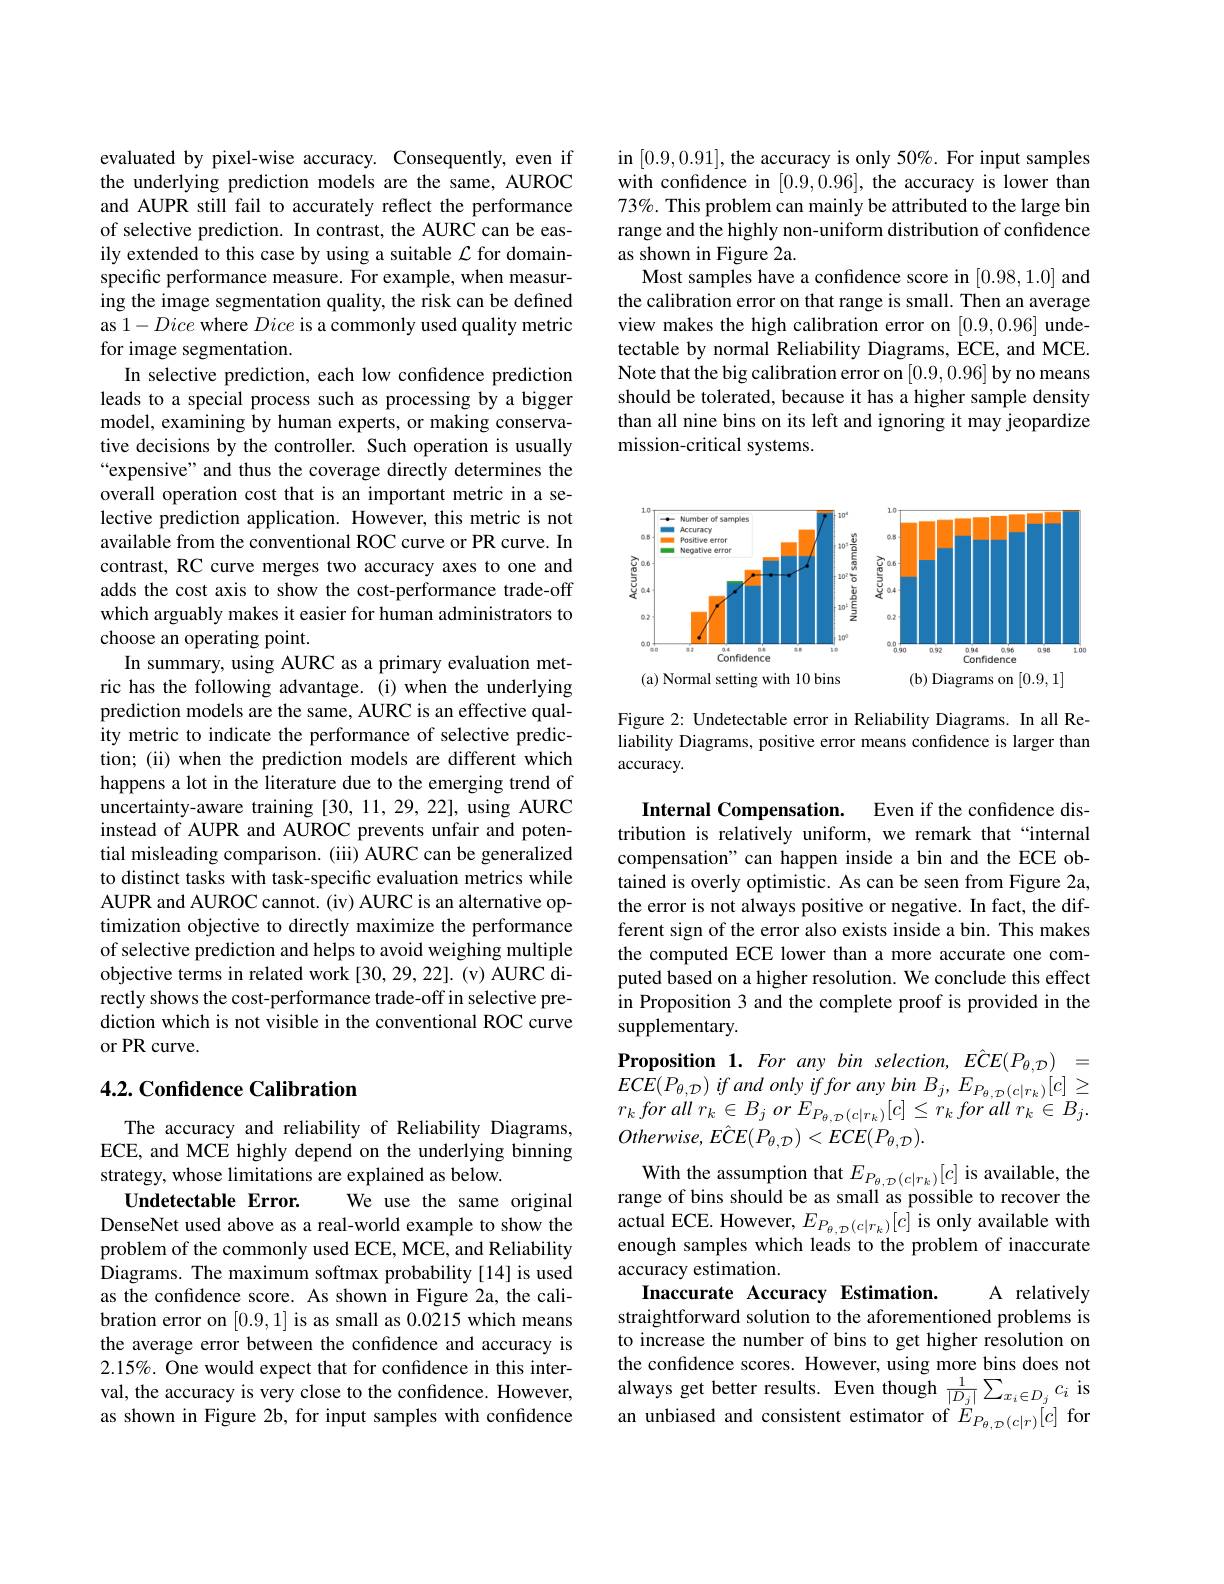
evaluated by pixel-wise accuracy. Consequently, even if the underlying prediction models are the same, AUROC and AUPR still fail to accurately reflect the performance of selective prediction. In contrast, the AURC can be easily extended to this case by using a suitable $\mathcal{L}$ for domainspecific performance measure. For example, when measuring the image segmentation quality, the risk can be defined as 1-Dice where Dice is a commonly used quality metric for image segmentation.
In selective prediction, each low confidence prediction leads to a special process such as processing by a bigger model, examining by human experts, or making conservative decisions by the controller. Such operation is usually “expensive” and thus the coverage directly determines the overall operation cost that is an important metric in a selective prediction application. However, this metric is not available from the conventional ROC curve or PR curve. In contrast, RC curve merges two accuracy axes to one and adds the cost axis to show the cost-performance trade-off which arguably makes it easier for human administrators to choose an operating point.
In summary, using AURC as a primary evaluation metric has the following advantage. (i) when the underlying prediction models are the same, AURC is an effective quality metric to indicate the performance of selective prediction; (ii) when the prediction models are different which happens a lot in the literature due to the emerging trend of uncertainty-aware training [30,11,29,22], using AURC instead of AUPR and AUROC prevents unfair and potential misleading comparison. (iii) AURC can be generalized to distinct tasks with task-specific evaluation metrics while AUPR and AUROC cannot. (iv) AURC is an alternative optimization objective to directly maximize the performance of selective prediction and helps to avoid weighing multiple objective terms in related work [30,29,22]. (v) AURC directly shows the cost-performance trade-off in selective prediction which is not visible in the conventional ROC curve or PR curve.

### 4.2. Confidence Calibration

The accuracy and reliability of Reliability Diagrams, ECE, and MCE highly depend on the underlying binning strategy, whose limitations are explained as below.
Undetectable Error.
We use the same original
DenseNet used above as a real-world example to show the problem of the commonly used ECE, MCE, and Reliability Diagrams. The maximum softmax probability [14] is used as the confidence score. As shown in Figure 2a, the calibration error on [0.9,1] is as small as 0.0215 which means the average error between the confidence and accuracy is 2.15%. One would expect that for confdence in this interval, the accuracy is very close to the confidence. However, as shown in Figure 2b, for input samples with confidence

in [0.9,0.91], the accuracy is only 50%. For input samples with confdence in [0.9,0.96], the accuracy is lower than 73%. This problem can mainly be attributed to the large bin range and the highly non-uniform distribution of confidence as shown in Figure 2a.
Most samples have a confidence score in [0.98,1.0] and the calibration error on that range is small. Then an average view makes the high calibration error on [0.9,0.96] undetectable by normal Reliability Diagrams, ECE, and MCE. Note that the big calibration error on [0.9,0.96] by no means should be tolerated, because it has a higher sample density than all nine bins on its left and ignoring it may jeopardize mission-critical systems

<FigureHere>

Figure 2: Undetectable error in Reliability Diagrams. In all Reliability Diagrams, positive error means confidence is larger than accuracy.

Internal Compensation. Even if the confidence distribution is relatively uniform, we remark that“internal compensation" can happen inside a bin and the ECE obtained is overly optimistic. As can be seen from Figure 2a, the error is not always positive or negative. In fact, the different sign of the error also exists inside a bin. This makes the computed ECE lower than a more accurate one computed based on a higher resolution. We conclude this effect in Proposition 3 and the complete proof is provided in the supplementary.

Proposition $1.Foranybinselection,E\hat{C}E(P_{\theta,\mathcal{D}})=$

$ECE(P_{\theta,\mathcal{D}})$ if and only if for any bin $B_j,E_{P_{\theta,\mathcal{D}}(c|r_k)}[c]\geq$

$r_{k}$ for all $r_{k}\in$ $B_{j}$ $or$ $E_{P_{\theta , \mathcal{D} }( c| r_{k}) }[ c] \leq$ $r_{k}$ for all $r_{k}\in$ $B_{j}.$

$Otherwise,E\hat{C}E(P_{\theta,\mathcal{D}})<ECE(P_{\theta,\mathcal{D}}).$
With the assumption that $E_{P_{\theta,\mathcal{D}}(c|r_k)}[c]$ is available, the range of bins should be as small as possible to recover the actual ECE. However, $E_{P_{\theta,\mathcal{D}}(c|r_k)}[c]$ is only available with enough samples which leads to the problem of inaccurate accuracy estimation.
A relatively
Inaccurate Accuracy Estimation.
straightforward solution to the aforementioned problems is to increase the number of bins to get higher resolution on the confidence scores. However, using more bins does not always get better results. Even though $\frac1{|D_j|}\sum_{x_i\in D_j}c_i$ is an unbiased and consistent estimator of $E_{P_{\theta,\mathcal{D}}(c|r)}[c]$ for